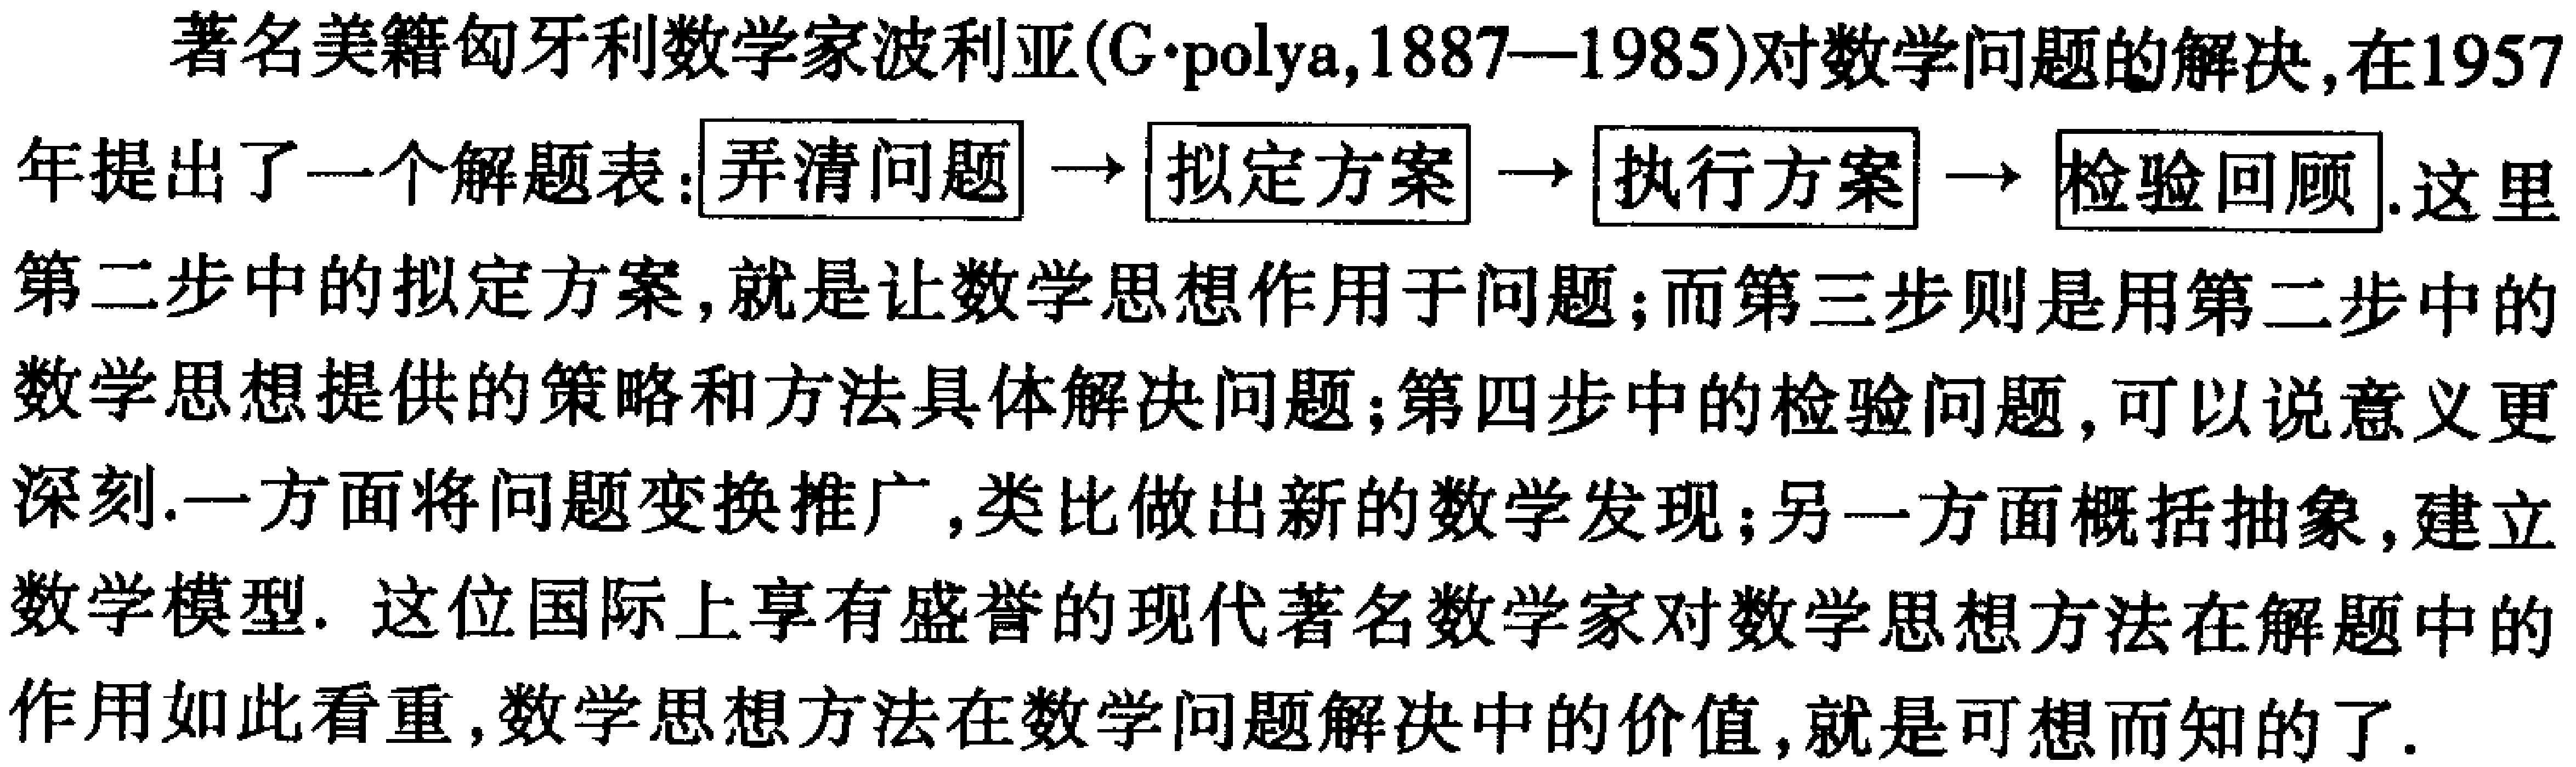
著名美籍匈牙利数学家波利亚(G\cdot poly a,1887—1985)对数学问题的解决,在1957年提出了一个解题表: \(\boxed{弄清问题}\rightarrow\boxed{拟定方案}\rightarrow\boxed{执行方案}\rightarrow\boxed{检验回顾}\). 这里第二步中的拟定方案,就是让数学思想作用于问题;而第三步则是用第二步中的数学思想提供的策略和方法具体解决问题;第四步中的检验问题,可以说意义更深刻.一方面将问题变换推广,类比做出新的数学发现;另一方面概括抽象,建立数学模型. 这位国际上享有盛誉的现代著名数学家对数学思想方法在解题中的作用如此看重,数学思想方法在数学问题解决中的价值,就是可想而知的了.